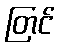
တြင်